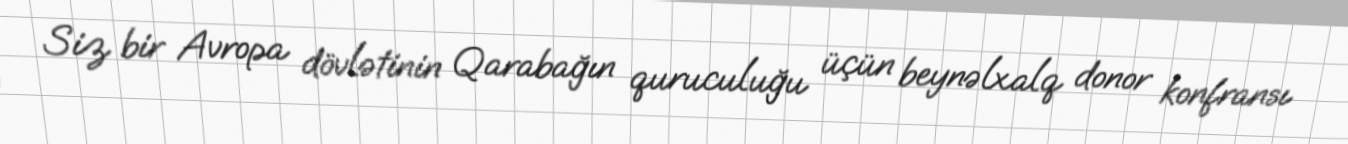
Siz bir Avropa dövlətinin Qarabağın quruculuğu üçün beynəlxalq donor konfransı